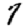
Digit: 7